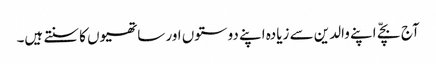
آج بچّے اپنے والدین سے زیادہ اپنے دوستوں اور ساتھیوں کا سنتے ہیں۔